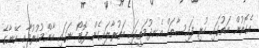
އެގޮތުން އަތުގައި ހުރި ފައިސާތައް އެނދުމަތީގައި އަތުރާލައިގެން ފޮޓޯ ނަގައި އާންމުކުރުމާއި އޭނާގެ